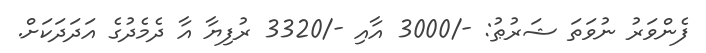
ފެންވަރު ނުވަތަ ޝަރުޠު: -/3000 އާއި -/3320 ރުފިޔާ އާ ދެމެދުގެ އަދަދަކަށް.